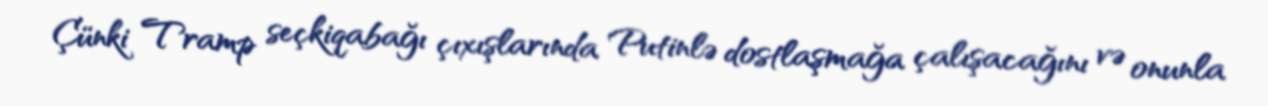
Çünki Tramp seçkiqabağı çıxışlarında Putinlə dostlaşmağa çalışacağını və onunla